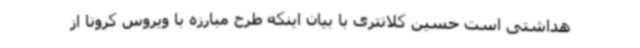
هداشتی است حسین کلانتری با بیان اینکه طرح مبارزه با ویروس کرونا از